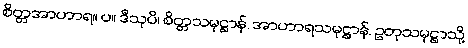
စိတ္တအာဟာရ။ ပ။ ဒီသုပိ၊ စိတ္တသမုဋ္ဌာန်, အာဟာရသမုဋ္ဌာန်, ဥတုသမုဋ္ဌာသို့